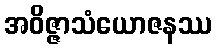
အဝိဇ္ဇာသံယောဇနဿ